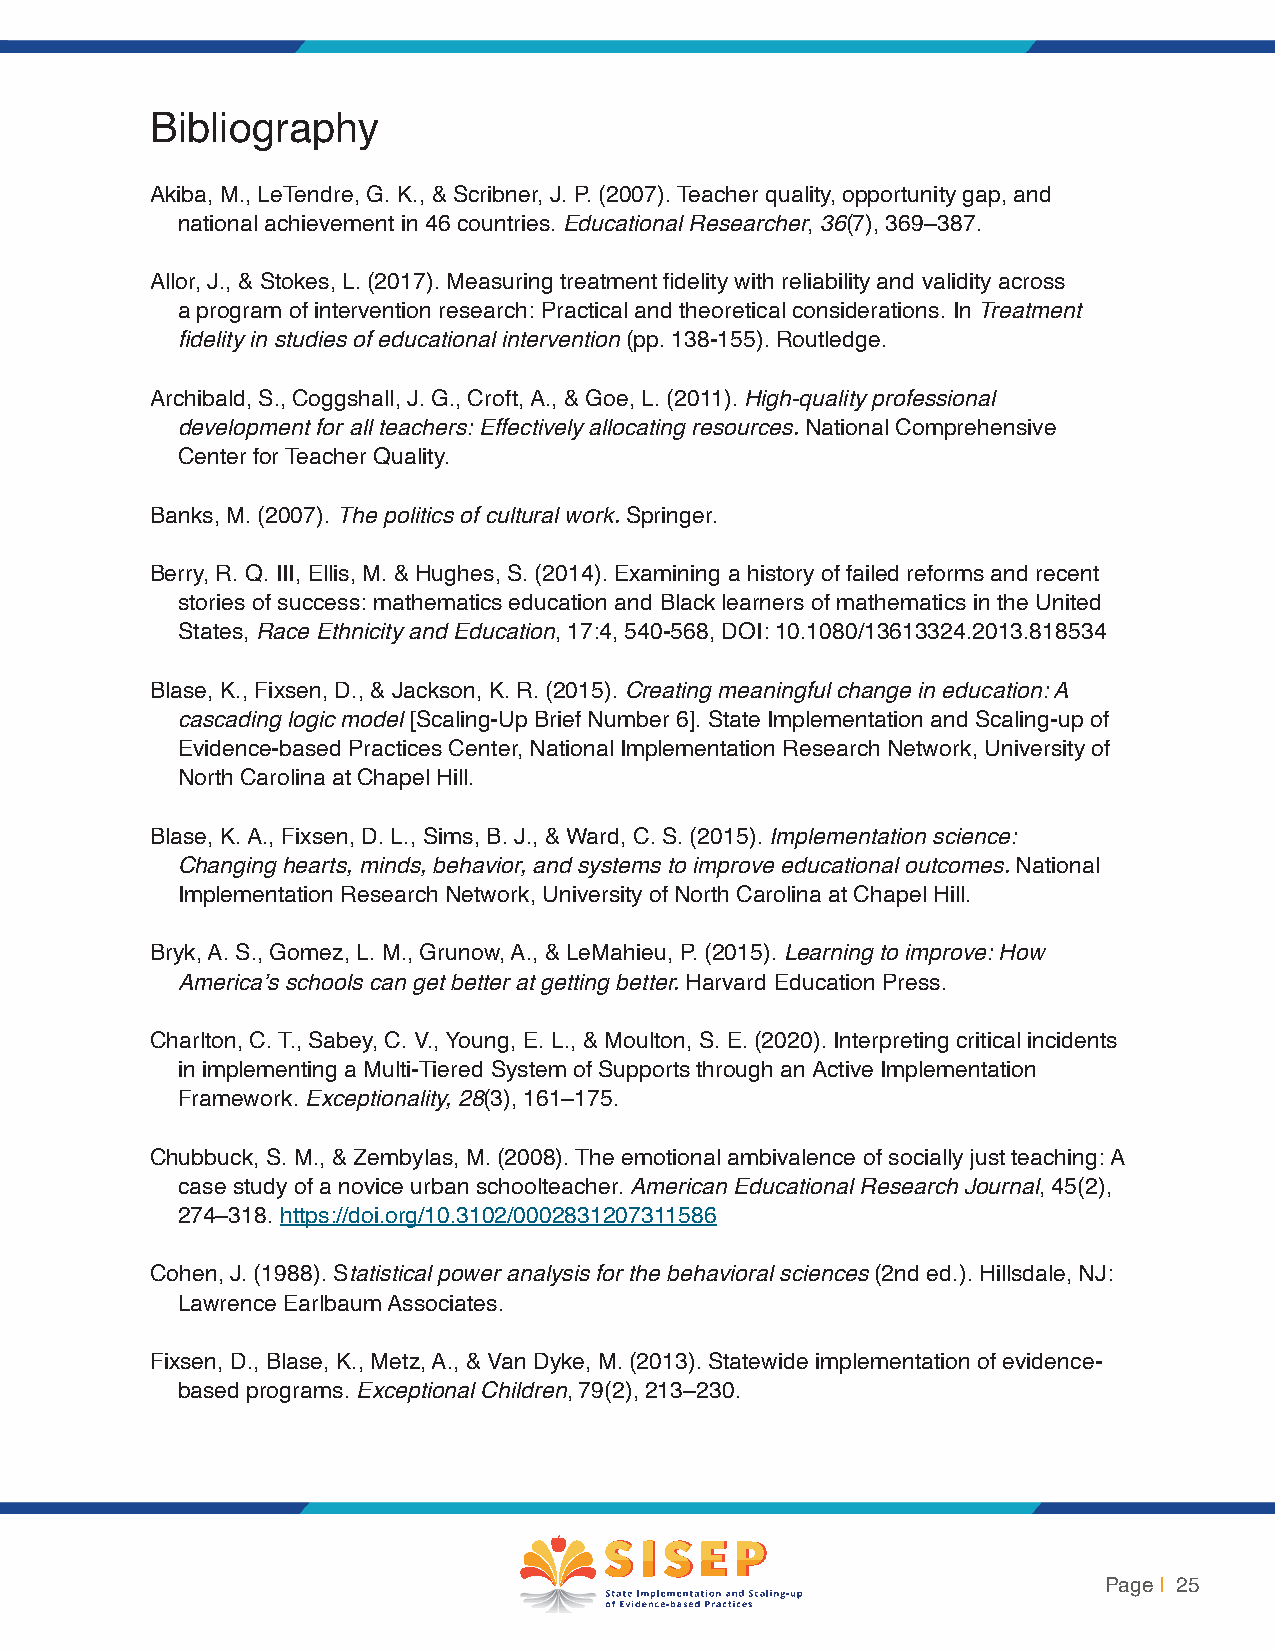
Bibliography
 Akiba, M., LeTendre, G. K., & Scribner, J. P. (2007). Teacher quality, opportunity gap, and
 national achievement in 46 countries. Educational Researcher, 36(7), 369–387.
 Allor, J., & Stokes, L. (2017). Measuring treatment fidelity with reliability and validity across
 a program of intervention research: Practical and theoretical considerations. In Treatment
 fidelity in studies of educational intervention (pp. 138-155). Routledge.
 Archibald, S., Coggshall, J. G., Croft, A., & Goe, L. (2011). High-quality professional
 development for all teachers: Effectively allocating resources. National Comprehensive
 Center for Teacher Quality.
 Banks, M. (2007). The politics of cultural work. Springer.
 Berry, R. Q. III, Ellis, M. & Hughes, S. (2014). Examining a history of failed reforms and recent
 stories of success: mathematics education and Black learners of mathematics in the United
 States, Race Ethnicity and Education, 17:4, 540-568, DOI: 10.1080/13613324.2013.818534
 Blase, K., Fixsen, D., & Jackson, K. R. (2015). Creating meaningful change in education: A
 cascading logic model [Scaling-Up Brief Number 6]. State Implementation and Scaling-up of
 Evidence-based Practices Center, National Implementation Research Network, University of
 North Carolina at Chapel Hill.
 Blase, K. A., Fixsen, D. L., Sims, B. J., & Ward, C. S. (2015). Implementation science:
 Changing hearts, minds, behavior, and systems to improve educational outcomes. National
 Implementation Research Network, University of North Carolina at Chapel Hill.
 Bryk, A. S., Gomez, L. M., Grunow, A., & LeMahieu, P. (2015). Learning to improve: How
 America’s schools can get better at getting better. Harvard Education Press.
 Charlton, C. T., Sabey, C. V., Young, E. L., & Moulton, S. E. (2020). Interpreting critical incidents
 in implementing a Multi-Tiered System of Supports through an Active Implementation
 Framework. Exceptionality, 28(3), 161–175.
 Chubbuck, S. M., & Zembylas, M. (2008). The emotional ambivalence of socially just teaching: A
 case study of a novice urban schoolteacher. American Educational Research Journal, 45(2),
 274–318. https://doi.org/10.3102/0002831207311586
 Cohen, J. (1988). Statistical power analysis for the behavioral sciences (2nd ed.). Hillsdale, NJ:
 Lawrence Earlbaum Associates.
 Fixsen, D., Blase, K., Metz, A., & Van Dyke, M. (2013). Statewide implementation of evidence-
 based programs. Exceptional Children, 79(2), 213–230.
 Page | 25